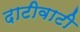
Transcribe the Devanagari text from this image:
दाटीवाटी